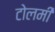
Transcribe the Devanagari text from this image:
टोलमी